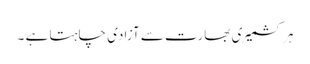
ہر کشمیری بھارت سے آزادی چاہتا ہے ۔